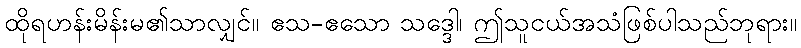
ထိုရဟန်းမိန်းမ၏သာလျှင်။ ဧသ-ဧသော သဒ္ဒေါ၊ ဤသူငယ်အသံဖြစ်ပါသည်ဘုရား။